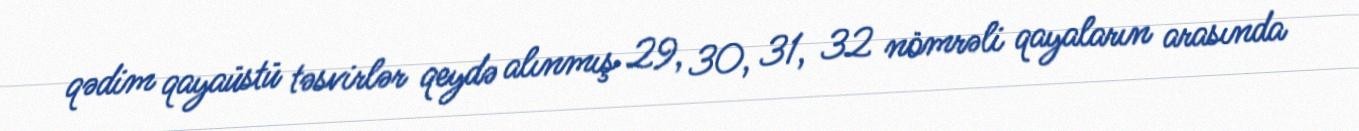
qədim qayaüstü təsvirlər qeydə alınmış 29, 30, 31, 32 nömrəli qayaların arasında